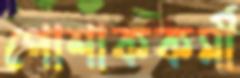
পোশাককর্মী